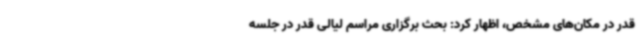
قدر در مکان‌های مشخص، اظهار کرد: بحث برگزاری مراسم لیالی قدر در جلسه